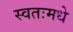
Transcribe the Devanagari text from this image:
स्वतःमधे